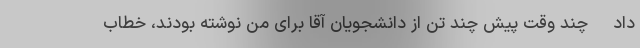
داد -چند وقت پیش چند تن از دانشجویان آقا برای من نوشته بودند، خطاب